Annual report on the health of the army in India
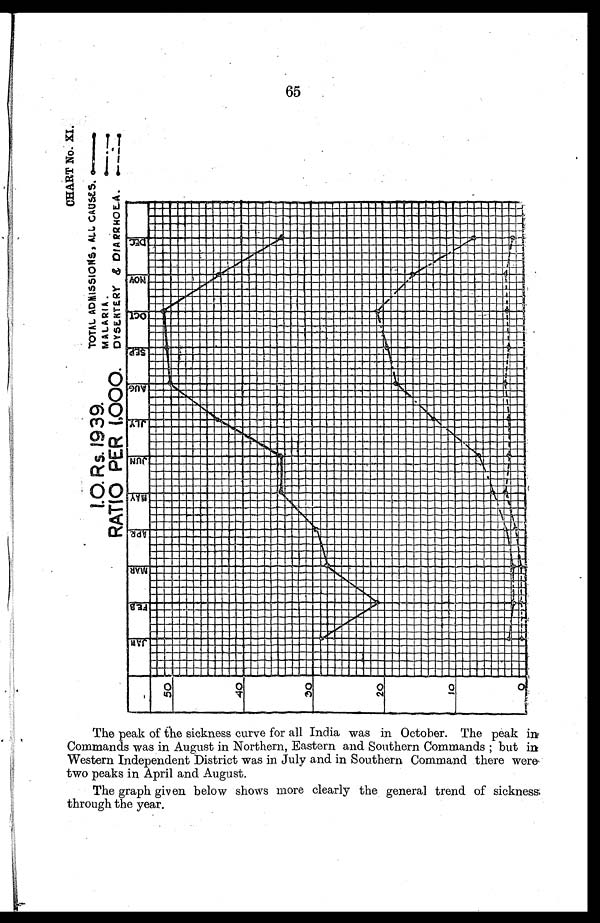
I.O.
Rs.
1939.
RATIO PER 1,000.
CHART No. XI.
TOTAL ADMISSIONS, ALL CAUSES.—
MALARIA.
—
DYSENTERY & DIARRHOEA.—
T h e p e a k o f t h e s i c k n e s s c u r v e f o r a l l I n d i a w a s i n O c t o b e r . T h e p e a k i n C o m m a n d s w a s i n A u g u s t i n N o r t h e r n , E a s t e r n a n d s o u t h e r n C o m m a n d s ; b u t i n W e s t e r n I n d e p e n d e n t D i s t r i c t w a s i n J u l y a n d S o u t h e r n C o m m a n d s t h e r e w e r e t e o p e a k s i n A p r i a l a n d A u g u s t .
T h e g r a p h g i v e n b e l o w s h o w s m o r e c l e a r l y t h e g e n e r a l t r e n d o f s i c k n e s s , t h r o u g h t h e y e a r .
65